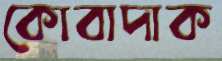
কোবাদাক